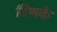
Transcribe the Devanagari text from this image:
विणके